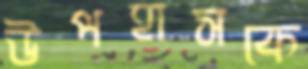
উপহাসকে